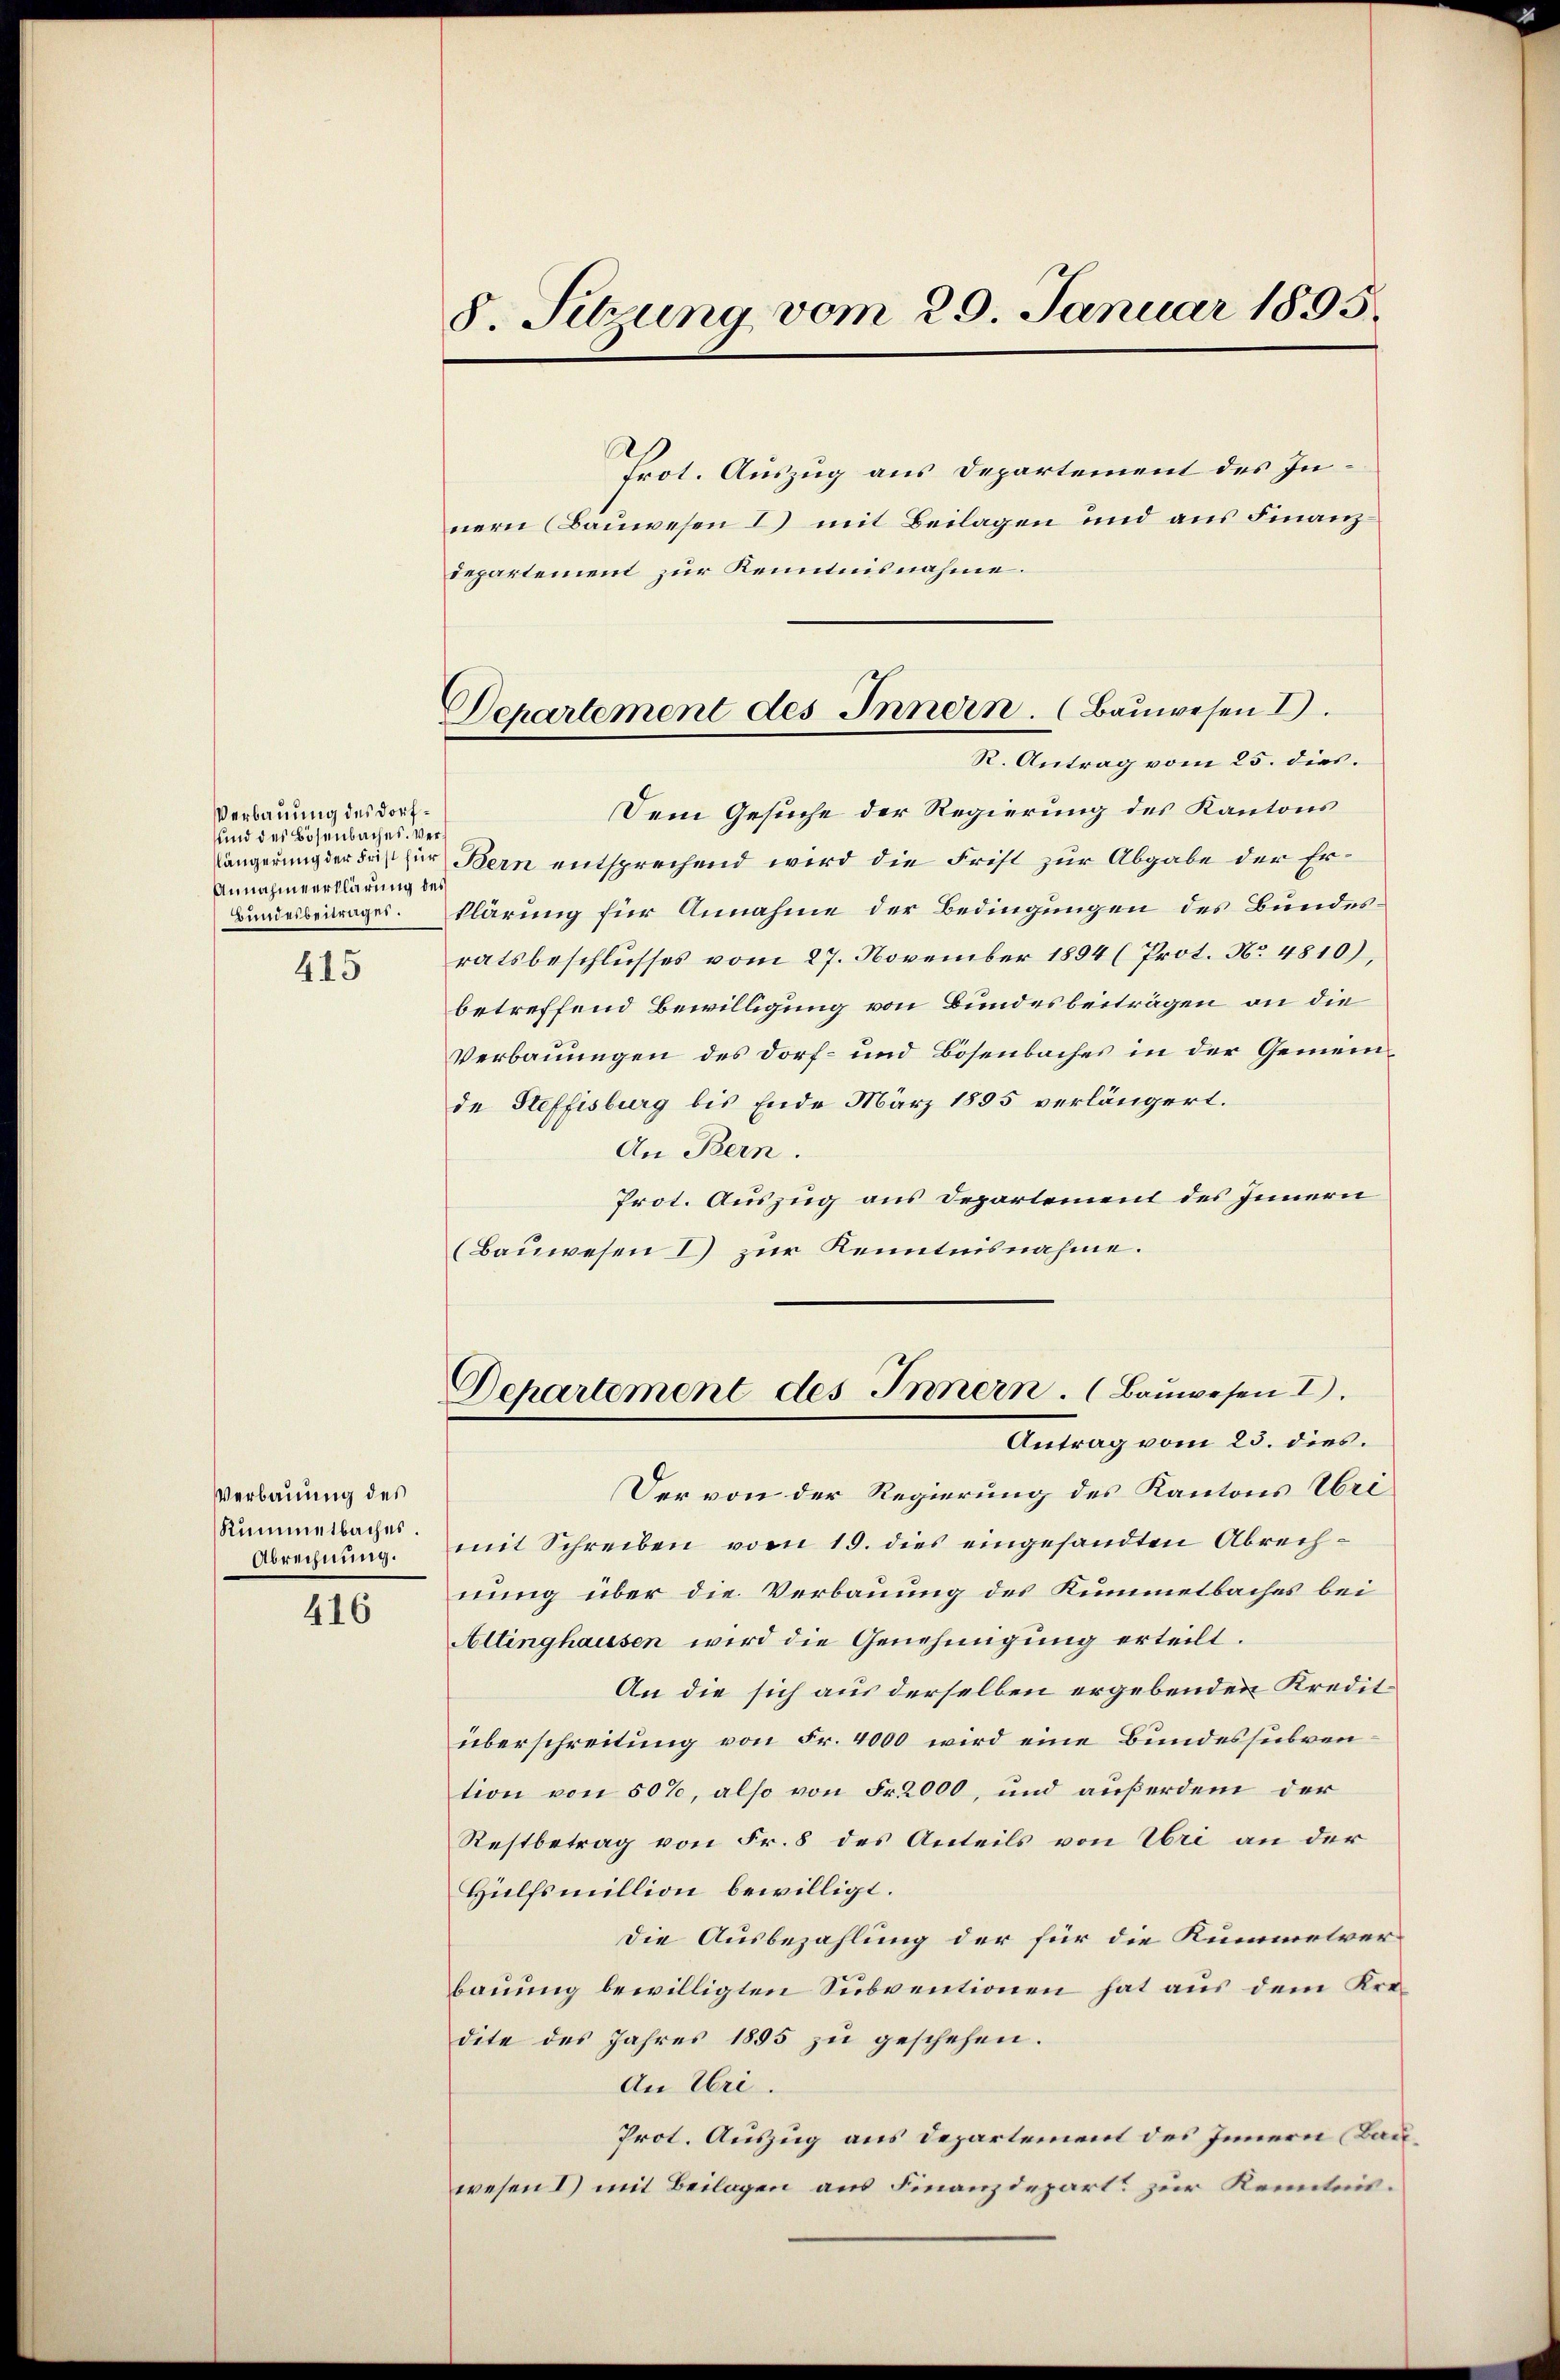
Verbauung des Dorf¬
und des Bösenbaches. Ver¬
Annahmeerklärung des
Bunderbenrächer.

415

Verbauung des
Rummetbaches
Abrechnung.

416

8. Setzung vom 29. Januar 1895.

Departement des Innern. (Bauwesen I.
R. Antrag vom 25. dies.

Prot. Auszug aus Departement des Innern (Bauwesen I) mit Beilagen und aus Finanzdepartement zur Kenntnisnahme.
Dem Gesuche der Regierung des Kantons
Längerung der Frist zur Bern entsprechend wird die Frist zur Abgabe der Erklärung für Annahme der Bedingungen des Bundesratsbeschlusses vom 27. November 1894 (Prot. No. 4810),
betreffend Bewilligung von Bundesbeiträgen an die
Verbauungen des Dorf- und Bösenbaches in der Gemeinde Steffisburg bis Ende März 1895 verlängert.
An Bern.
Prot. Auszug aus Departement des Innern
(Bauwesen I zur Kenntnisnahme.
Departement des Innern. (Bauwesen I.
Antrag vom 25. dies.
Der von der Regierung des Kantons Uri
mit Schreiben vom 19. dies eingesandten Abrechnung über die Verbauung des Kummetbaches bei
Altinghausen wird die Genehmigung erteilt.
An die sich aus derselben ergebenden Kredit
überschreitung von Fr. 4000 wird eine Bundessubvention von 50%, also von Fr. 2000, und außerdem der
Restbetrag von Fr. 8 des Anteils von Uri an der
Hülfsmillion bewilligt.
Die Ausbezahlung der für die Kummelver-
bauung bewilligten Subventionen hat aus dem Kredite des Jahres 1855 zu geschehen.
An Uri.
Prot. Auszug aus Departement des Innern (Bauwesen 1) mit Beilagen aus Finanzdepart zur Kenntnis¬